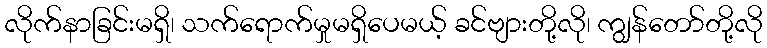
လိုက်နာခြင်းမရှိ၊ သက်ရောက်မှုမရှိပေမယ့် ခင်ဗျားတို့လို၊ ကျွန်တော်တို့လို